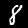
Label: 8